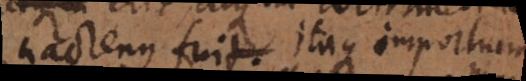
hactenus fuit. Itaque importuna